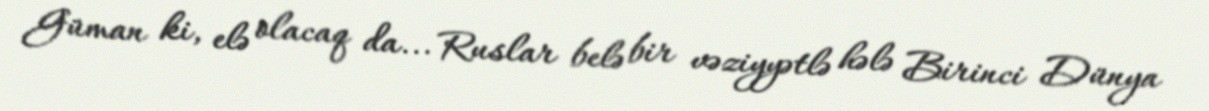
Güman ki, elə olacaq da... Ruslar belə bir vəziyyətlə hələ Birinci Dünya